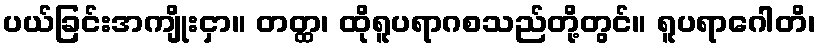
ပယ်ခြင်းအကျိုးငှာ။ တတ္ထ၊ ထိုရူပရာဂစသည်တို့တွင်။ ရူပရာဂေါတိ၊